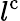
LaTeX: l^{\mathrm{{c}}}